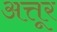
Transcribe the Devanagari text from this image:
अत्तूर